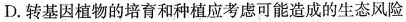
D.转基因植物的培育和种植应考虑可能造成的生态风险